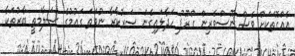
އެއްގޮތަކަށް ވެސް ނޫސްވެރިން ގްރޫޕު ހަދާލައިގެން ސަރުކާރާ ނުވަތަ ގައުމުގެ ސަލާމަތީ ބާރުތަކާ